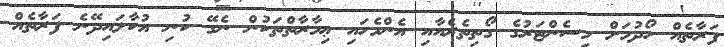
ފަރާތެއް ހޯދުމަށް މިސެންޓަރުގެ ގޯތިތެރެއާއި އެންމެހައި ޢިމާރާތްތަކުން ނެގޭ ކުނި އުކާލައިދޭނެ ފަރާތެއް